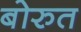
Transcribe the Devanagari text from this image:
बोरुत